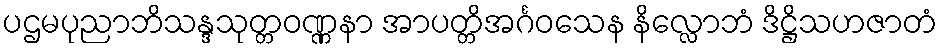
ပဌမပုညာဘိသန္ဒသုတ္တဝဏ္ဏနာ အာပတ္တိအင်္ဂဝသေန နိလ္လောဘံ ဒိဋ္ဌိသဟဇာတံ